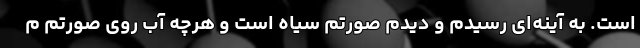
است. به آینه‌ای رسیدم و دیدم صورتم سیاه است و هرچه آب روی صورتم م